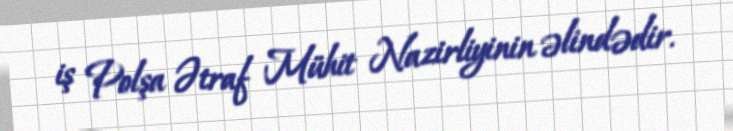
iş Polşa Ətraf Mühit Nazirliyinin əlindədir.